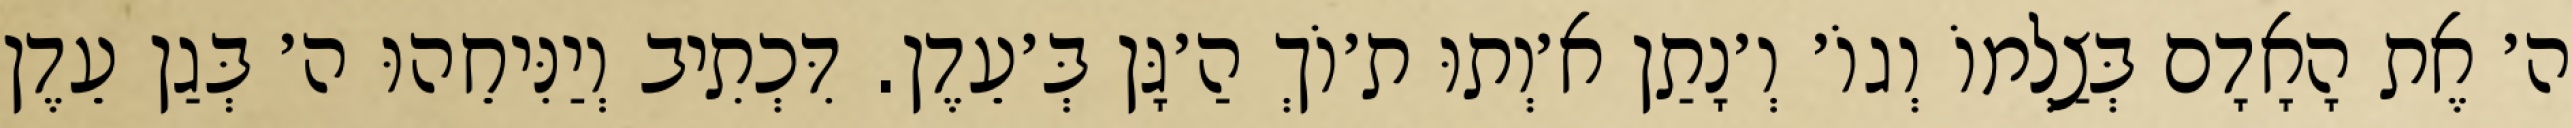
ה׳ אֶת הָאָדָם בְּצַלְמוֹ וְגוֹ׳ וְ׳נָתַן א׳וְתוּ ת׳וֹךְ הַ׳גָּן בְּ׳עֵדֶן. דִּכְתִיב וְיַנִּיחֵהוּ ה׳ בְּגַן עֵדֶן